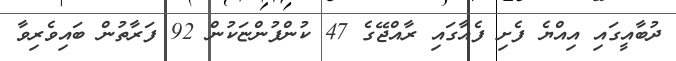
ދުބާއީގައި އިއްޔެ ފެށި ފެއާގައި ރާއްޖޭގެ 47 ކުންފުންޏަކުން 92 ފަރާތުން ބައިވެރިވާ